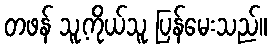
တဖန် သူ့ကိုယ်သူ ပြန်မေးသည်။